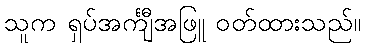
သူက ရှပ်အင်္ကျီအဖြူ ဝတ်ထားသည်။